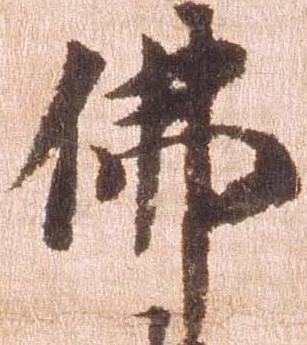
仏